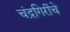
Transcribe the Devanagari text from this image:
चंद्रगिरींचे